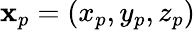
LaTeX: \mathbf{x}_{p}=\left(x_{p},y_{p},z_{p}\right)